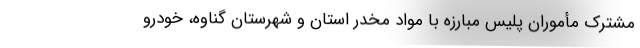
مشترک مأموران پلیس مبارزه با مواد مخدر استان و شهرستان گناوه، خودرو